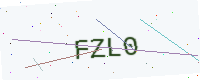
Text: FZL0